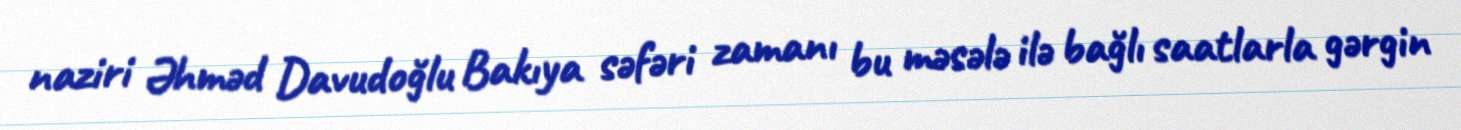
naziri Əhməd Davudoğlu Bakıya səfəri zamanı bu məsələ ilə bağlı saatlarla gərgin